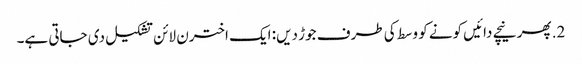
2. پھر نیچے دائیں کونے کو وسط کی طرف جوڑ دیں: ایک اخترن لائن تشکیل دی جاتی ہے۔